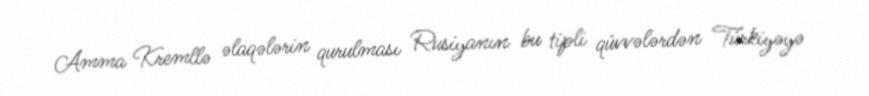
Amma Kremllə əlaqələrin qurulması Rusiyanın bu tipli qüvvələrdən Türkiyəyə